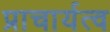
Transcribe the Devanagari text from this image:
प्राचार्यत्व